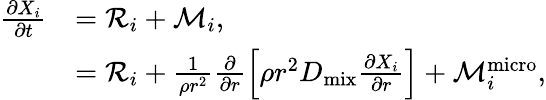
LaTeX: \begin{array}{rl}{\frac{\partial X_{i}}{\partial t}}&{=\mathcal{R}_{i}+\mathcal{M}_{i},}\\ &{=\mathcal{R}_{i}+\frac{1}{\rho r^{2}}\frac{\partial}{\partial r}\left[\rho r^{2}D_{\mathrm{mix}}\frac{\partial X_{i}}{\partial r}\right]+\mathcal{M}_{i}^{\mathrm{micro}},}\end{array}